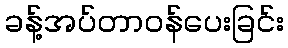
ခန့်အပ်တာဝန်ပေးခြင်း